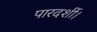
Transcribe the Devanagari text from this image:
पारदर्शी।